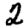
Digit: 2